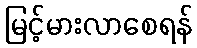
မြင့်မားလာစေရန်